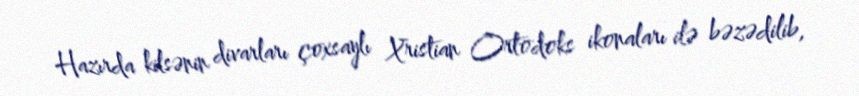
Hazırda kilsənin divarları çoxsaylı Xristian Ortodoks ikonaları ilə bəzədilib,